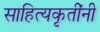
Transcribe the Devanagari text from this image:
साहित्यकृतींनी